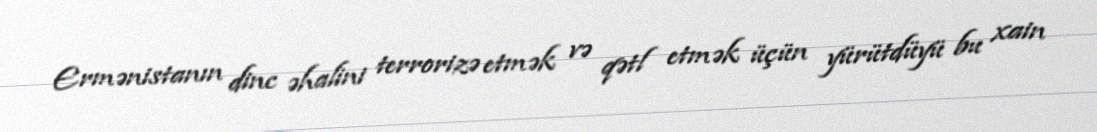
Ermənistanın dinc əhalini terrorizə etmək və qətl etmək üçün yürütdüyü bu xain